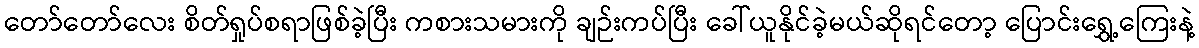
တော်တော်လေး စိတ်ရှုပ်စရာဖြစ်ခဲ့ပြီး ကစားသမားကို ချဉ်းကပ်ပြီး ခေါ်ယူနိုင်ခဲ့မယ်ဆိုရင်တော့ ပြောင်းရွှေ့ကြေးနဲ့